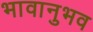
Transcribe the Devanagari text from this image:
भावानुभव